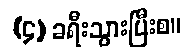
(၄) ခရီးသွားပြီးစ။